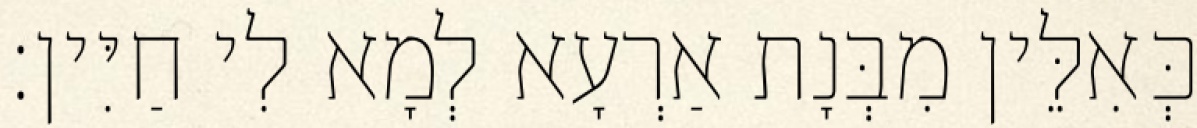
כְּאִלֵּין מִבְּנָת אַרְעָא לְמָא לִי חַיִּין׃